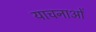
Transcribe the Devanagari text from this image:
याचनाओं